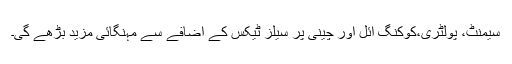
سیمنٹ، پولٹری،کوکنگ آئل اور چینی پر سیلز ٹیکس کے اضافے سے مہنگائی مزید بڑھے گی۔